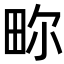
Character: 𬏂